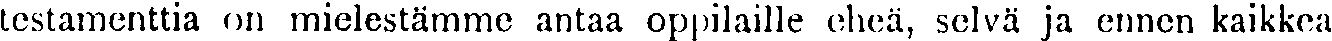
testamenttia on mielestämme antaa oppilaille eheä, selvä ja ennen kaikkea